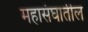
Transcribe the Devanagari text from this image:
महासंघातील